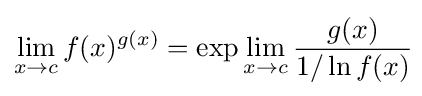
\lim _{x\to c}f(x)^{g(x)}=\exp \lim _{x\to c}{\frac {g(x)}{1/\ln f(x)}}\!